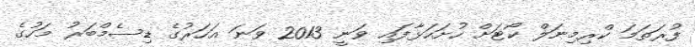
ފުރަތަމަ ކްރިމިނަލް ކޯޓަށް ހުށަހަޅާފައި ވަނީ 2013 ވަނަ އަހަރުގެ ޑިސެމްބަރު މަހުގެ